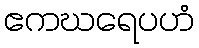
ဧကဃရေပဟံ